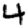
Digit: 4